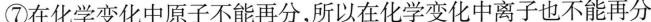
⑦在化学变化中原子不能再分，所以在化学变化中离子也不能再分